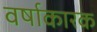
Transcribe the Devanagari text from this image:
वर्षाकारक